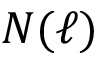
N ( \ell )